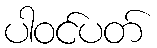
ပါဝင်ပတ်